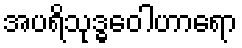
အပရိသုဒ္ဓဝေါဟာရော